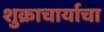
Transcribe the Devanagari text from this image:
शुक्राचार्याचा